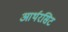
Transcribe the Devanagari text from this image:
आर्थरसिट